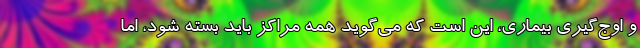
و اوج‌گیری بیماری، این است که می‌گوید همه مراکز باید بسته شود، اما